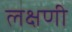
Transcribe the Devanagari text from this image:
लक्षणी